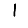
Digit: 1